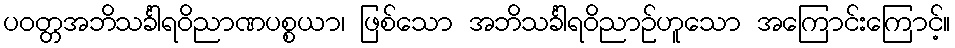
ပဝတ္တအဘိသင်္ခါရဝိညာဏပစ္စယာ၊ ဖြစ်သော အဘိသင်္ခါရဝိညာဉ်ဟူသော အကြောင်းကြောင့်။